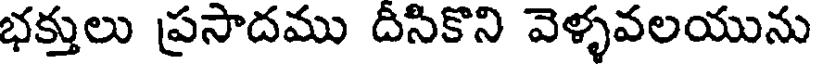
భక్తులు ప్రసాదము దిసికొని వెళ్ళవలయును